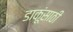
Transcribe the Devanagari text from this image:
डाकूंसाठी